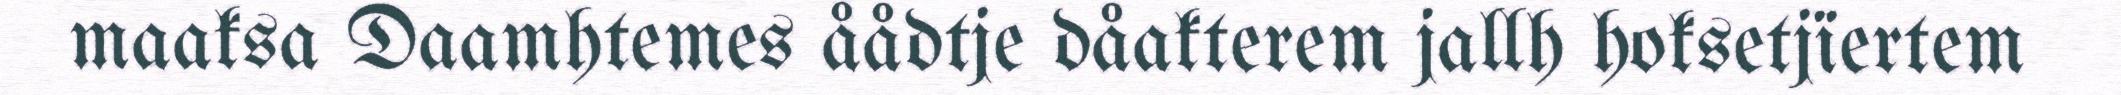
maaksa Daamhtemes åådtje dåakterem jallh hoksetjïertem